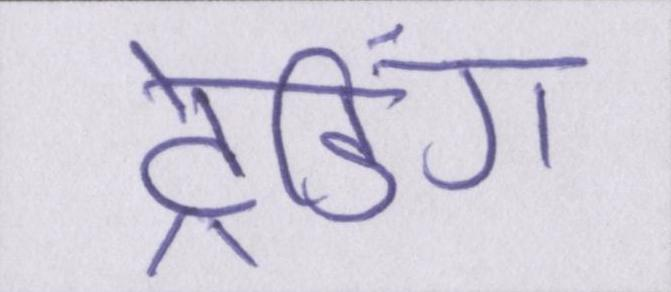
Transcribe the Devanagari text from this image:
ट्रेडिंग